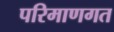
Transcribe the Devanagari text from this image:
परिमाणगत